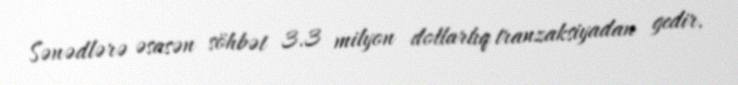
Sənədlərə əsasən söhbət 3.3 milyon dollarlıq tranzaksiyadan gedir.